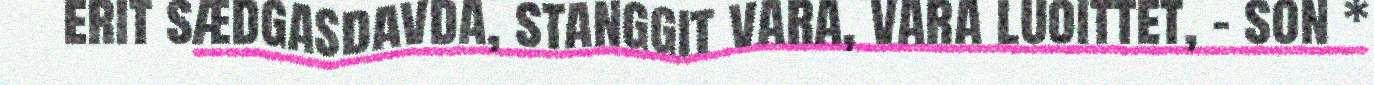
erit sædgasdavda, stanggit vara, vara luoittet, – son *